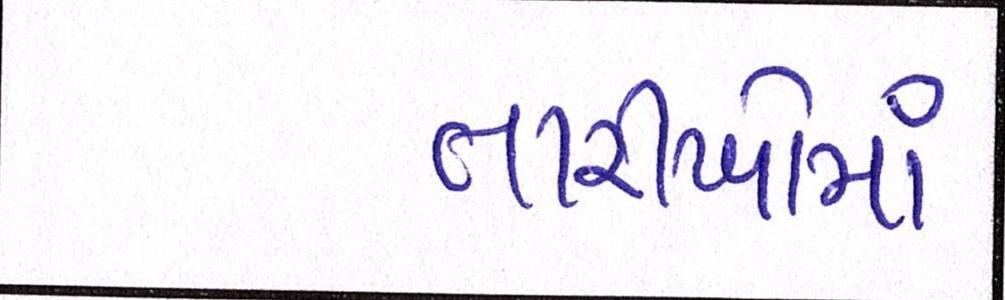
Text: તારીખોમાં